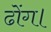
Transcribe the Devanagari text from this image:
ढोंग।